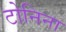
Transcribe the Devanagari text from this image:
टोनिना